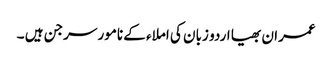
عمران بھیا اردو زبان کی املاء کے نامور سرجن ہیں ۔